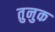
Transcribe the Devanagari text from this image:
तुनुक